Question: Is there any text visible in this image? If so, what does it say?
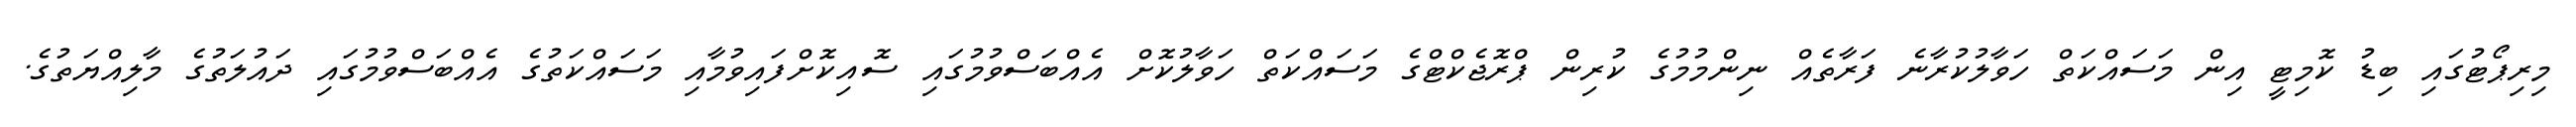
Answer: މިރިޕޯޓުގައި ބިޑު ކޮމިޓީ އިން މަސައްކަތް ހަވާލުކުރާނެ ފަރާތެއް ނިންމުމުގެ ކުރިން ޕްރޮޖެކްޓްގެ މަސައްކަތް ހަވާލުކޮށް އެއްބަސްވުމުގައި ސޮއިކޮށްފައިވުމާއި މަސައްކަތުގެ އެއްބަސްވުމުގައި ދައުލަތުގެ މާލިއްޔަތުގެ.